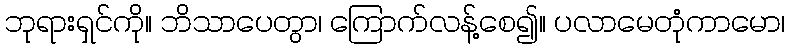
ဘုရားရှင်ကို။ ဘိသာပေတွာ၊ ကြောက်လန့်စေ၍။ ပလာမေတုံကာမော၊